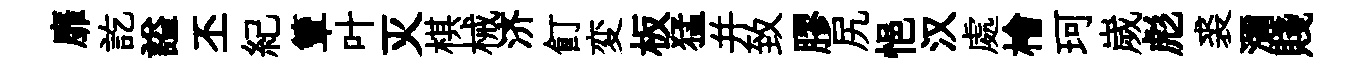
靡訖謚丕紀簟叶灭棋械济飣変板猛并致膠尻悒汉處檜珂嵗彪裘瀰賤